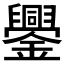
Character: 𨯜